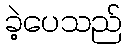
ခဲ့ပေသည်